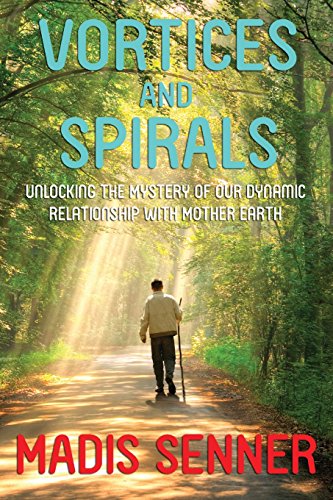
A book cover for Vortices and Spirals, Unlocking the Mystery of Our Dynamic Relationship With Mother Earth; Madis Senner; Religion & Spirituality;